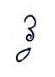
វ្វ